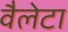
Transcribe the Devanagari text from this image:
वैलेटा